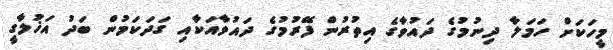
މީހަކަށް ހަމަލާ ދިނުމުގެ ދައުވާގެ އިތުރުން ފޭރުމުގެ ދައުވާއަކާއި ގަދަކަމުން ބަދު އަޚުލާގީ